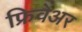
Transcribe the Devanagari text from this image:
फ्रिवेअर